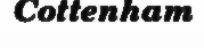
Cottenham